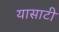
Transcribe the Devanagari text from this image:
यासाटी